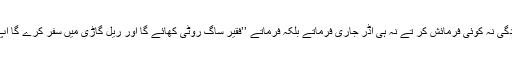
کہیں دعوت پر تشریف لے جاتے تو وہ ہی سادگی نہ کوئی فرمائش کر تے نہ ہی آڈر جاری فرماتے بلکہ فرماتے ’’فقیر ساگ روٹی کھائے گا اور ریل گاڑی میں سفر کرے گا آپ کوئی تکلف نہ کریں کوئی پریشان نہ ہوں ‘‘۔